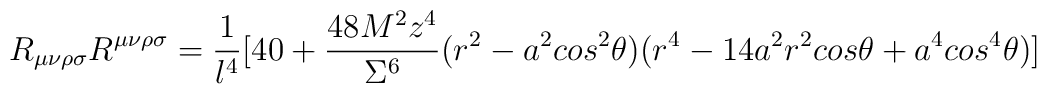
R_{\mu\nu\rho\sigma}R^{\mu\nu\rho\sigma}=\frac{1}{l^4}\big [40+\frac{48M^2z^4}{\Sigma^6}(r^2-a^2 cos^2{\theta})(r^4-14a^2r^2cos{\theta}+a^4cos^4{\theta})\big ]